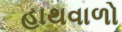
હાથવાળો